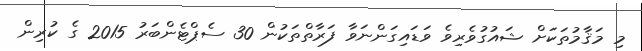
މި މަޤާމުތަކަށް ޝައުގުވެރިވެ ވަޑައިގަންނަވާ ފަރާތްތަކުން 30 ސެޕްޓެންބަރު 2015 ގެ ކުރިން